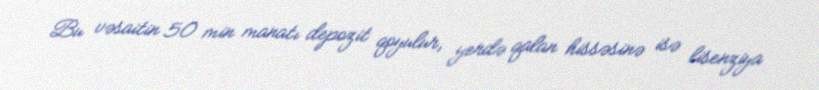
Bu vəsaitin 50 min manatı depozit qoyulur, yerdə qalan hissəsinə isə lisenziya